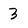
Character: 3